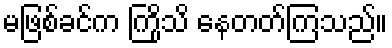
မဖြစ်ခင်က ကြိုသိ နေတတ်ကြသည်။